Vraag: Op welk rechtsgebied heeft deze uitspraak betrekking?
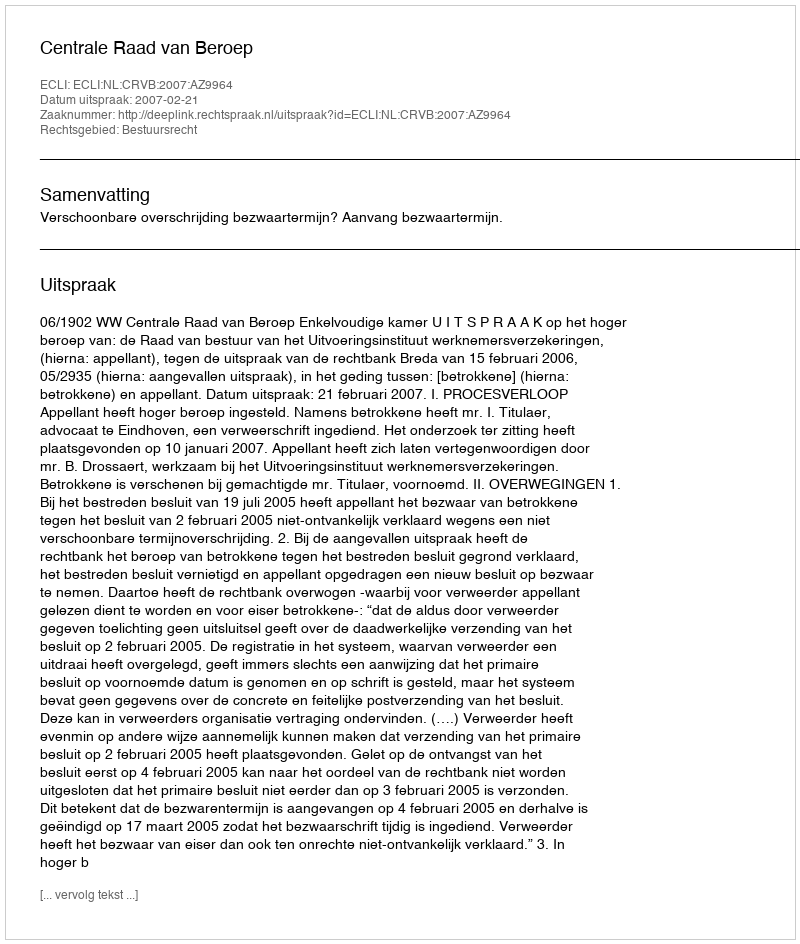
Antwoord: Bestuursrecht